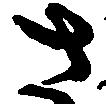
さ